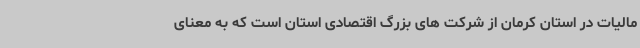
مالیات در استان کرمان از شرکت های بزرگ اقتصادی استان است که به معنای